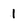
Character: 1